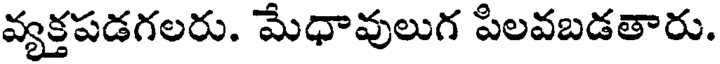
వ్యక్తపడగలరు. మేధావులుగ పిలవబడతారు.